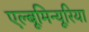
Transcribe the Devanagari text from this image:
एल्बूमिन्यूरिया